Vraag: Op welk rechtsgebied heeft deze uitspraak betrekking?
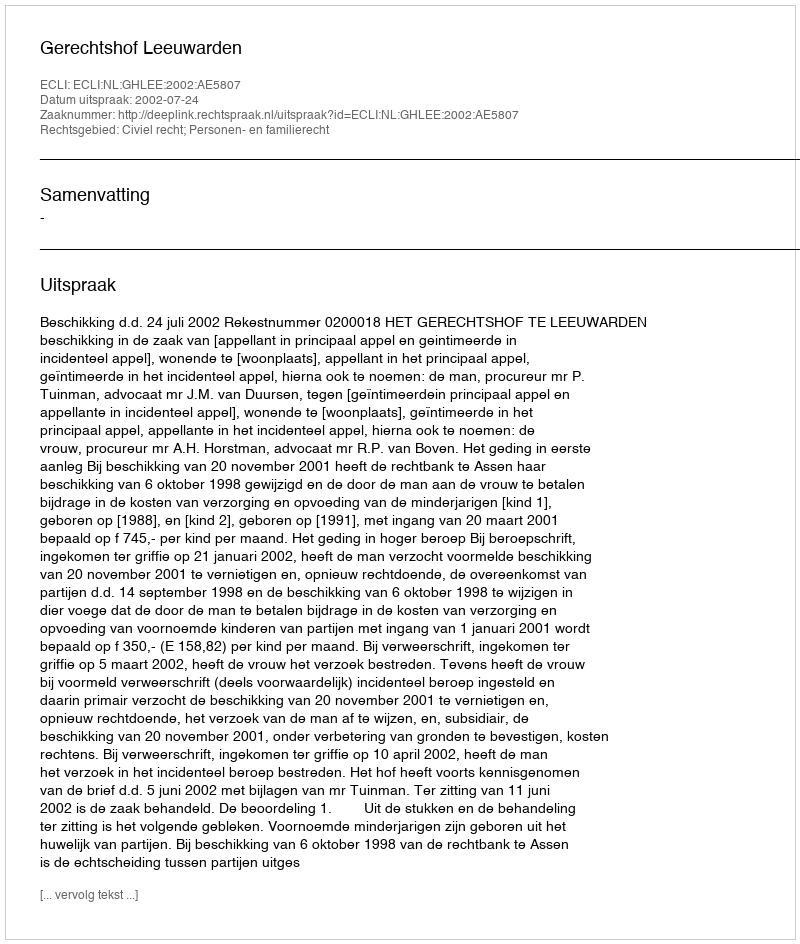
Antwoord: Civiel recht; Personen- en familierecht